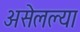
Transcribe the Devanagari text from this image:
असेलल्या